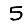
Digit: 5